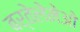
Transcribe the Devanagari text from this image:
बर्तेलेमेओ